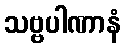
သဗ္ဗပါဏာနံ